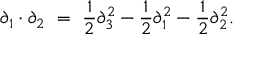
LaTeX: \partial _ { 1 } \cdot \partial _ { 2 } \ = \ \frac { 1 } { 2 } \partial _ { 3 } ^ { 2 } - \frac { 1 } { 2 } \partial _ { 1 } ^ { 2 } - \frac { 1 } { 2 } \partial _ { 2 } ^ { 2 } .